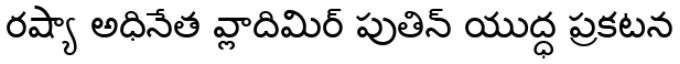
రష్యా అధినేత వ్లాదిమిర్ పుతిన్ యుద్ధ ప్రకటన